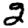
Digit: 2